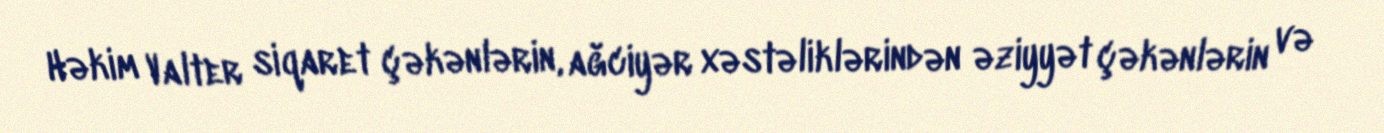
Həkim Valter siqaret çəkənlərin, ağciyər xəstəliklərindən əziyyət çəkənlərin və